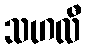
သဟလီ